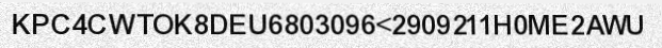
KPC4CWTOK8DEU6803096<2909211H0ME2AWU